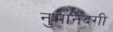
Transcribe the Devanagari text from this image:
नुमानंदगी